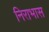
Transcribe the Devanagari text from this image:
निराभास